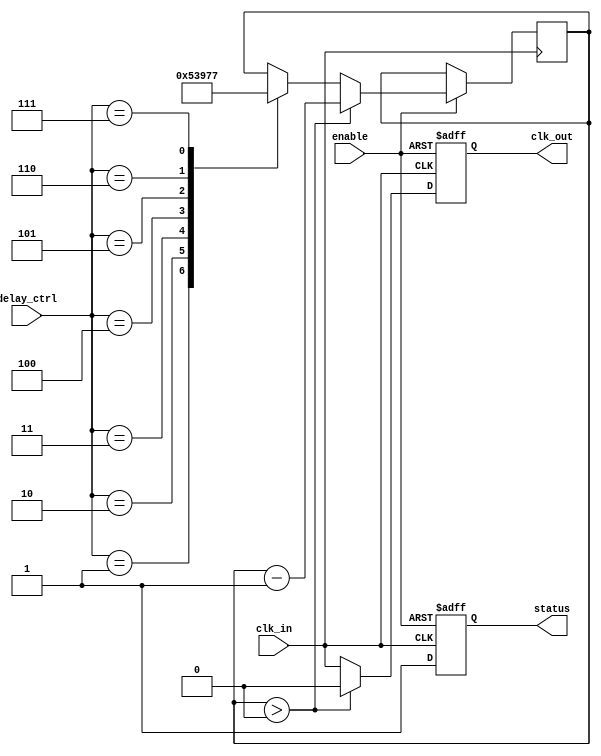
module delay_clock_buffer (
    input wire clk_in,          // Clock Input
    input wire [2:0] delay_ctrl, // Delay Control (3-bit for up to 8 different delay settings)
    input wire enable,          // Enable signal
    output reg clk_out,         // Clock Output
    output reg status           // Status output
);

    // Parameters for delay settings
    parameter DELAY_0 = 0; // No delay
    parameter DELAY_1 = 1; // Delay 1 unit
    parameter DELAY_2 = 2; // Delay 2 units
    parameter DELAY_3 = 3; // Delay 3 units
    parameter DELAY_4 = 4; // Delay 4 units
    parameter DELAY_5 = 5; // Delay 5 units
    parameter DELAY_6 = 6; // Delay 6 units
    parameter DELAY_7 = 7; // Delay 7 units

    // Internal register for delayed clock
    reg [2:0] delay_counter;

    // Clock delay implementation
    always @(posedge clk_in or negedge enable) begin
        if (!enable) begin
            clk_out <= 1'b0; // Hold low when disabled
            status <= 1'b0;  // Status indicates disabled
        end else begin
            // Enable the buffer and update status
            status <= 1'b1; // Status indicates enabled
            
            // Apply delay based on delay_ctrl
            case (delay_ctrl)
                DELAY_0: clk_out <= clk_in; // No delay
                DELAY_1: begin
                    // Simple example of delay using a counter
                    delay_counter <= 3'b001; // 1 clock cycle delay
                end
                DELAY_2: begin
                    delay_counter <= 3'b010; // 2 clock cycles delay
                end
                DELAY_3: begin
                    delay_counter <= 3'b011; // 3 clock cycles delay
                end
                DELAY_4: begin
                    delay_counter <= 3'b100; // 4 clock cycles delay
                end
                DELAY_5: begin
                    delay_counter <= 3'b101; // 5 clock cycles delay
                end
                DELAY_6: begin
                    delay_counter <= 3'b110; // 6 clock cycles delay
                end
                DELAY_7: begin
                    delay_counter <= 3'b111; // 7 clock cycles delay
                end
                default: clk_out <= clk_in; // Default case, no delay
            endcase
            
            // Generate the delayed output clock after the specified delay
            if (delay_counter > 0) begin
                delay_counter <= delay_counter - 1; // Decrement the delay counter
                clk_out <= 1'b0; // Ensure the output is low until delay is completed
            end else begin
                clk_out <= clk_in; // Output the clock input
            end
        end
    end
endmodule